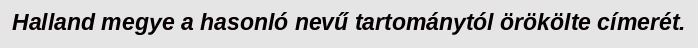
Halland megye a hasonló nevű tartománytól örökölte címerét.